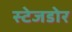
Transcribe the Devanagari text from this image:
स्टेजडोर